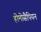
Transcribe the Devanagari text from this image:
होमोसैपियन